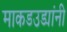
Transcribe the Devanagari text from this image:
माकडउड्यांनी